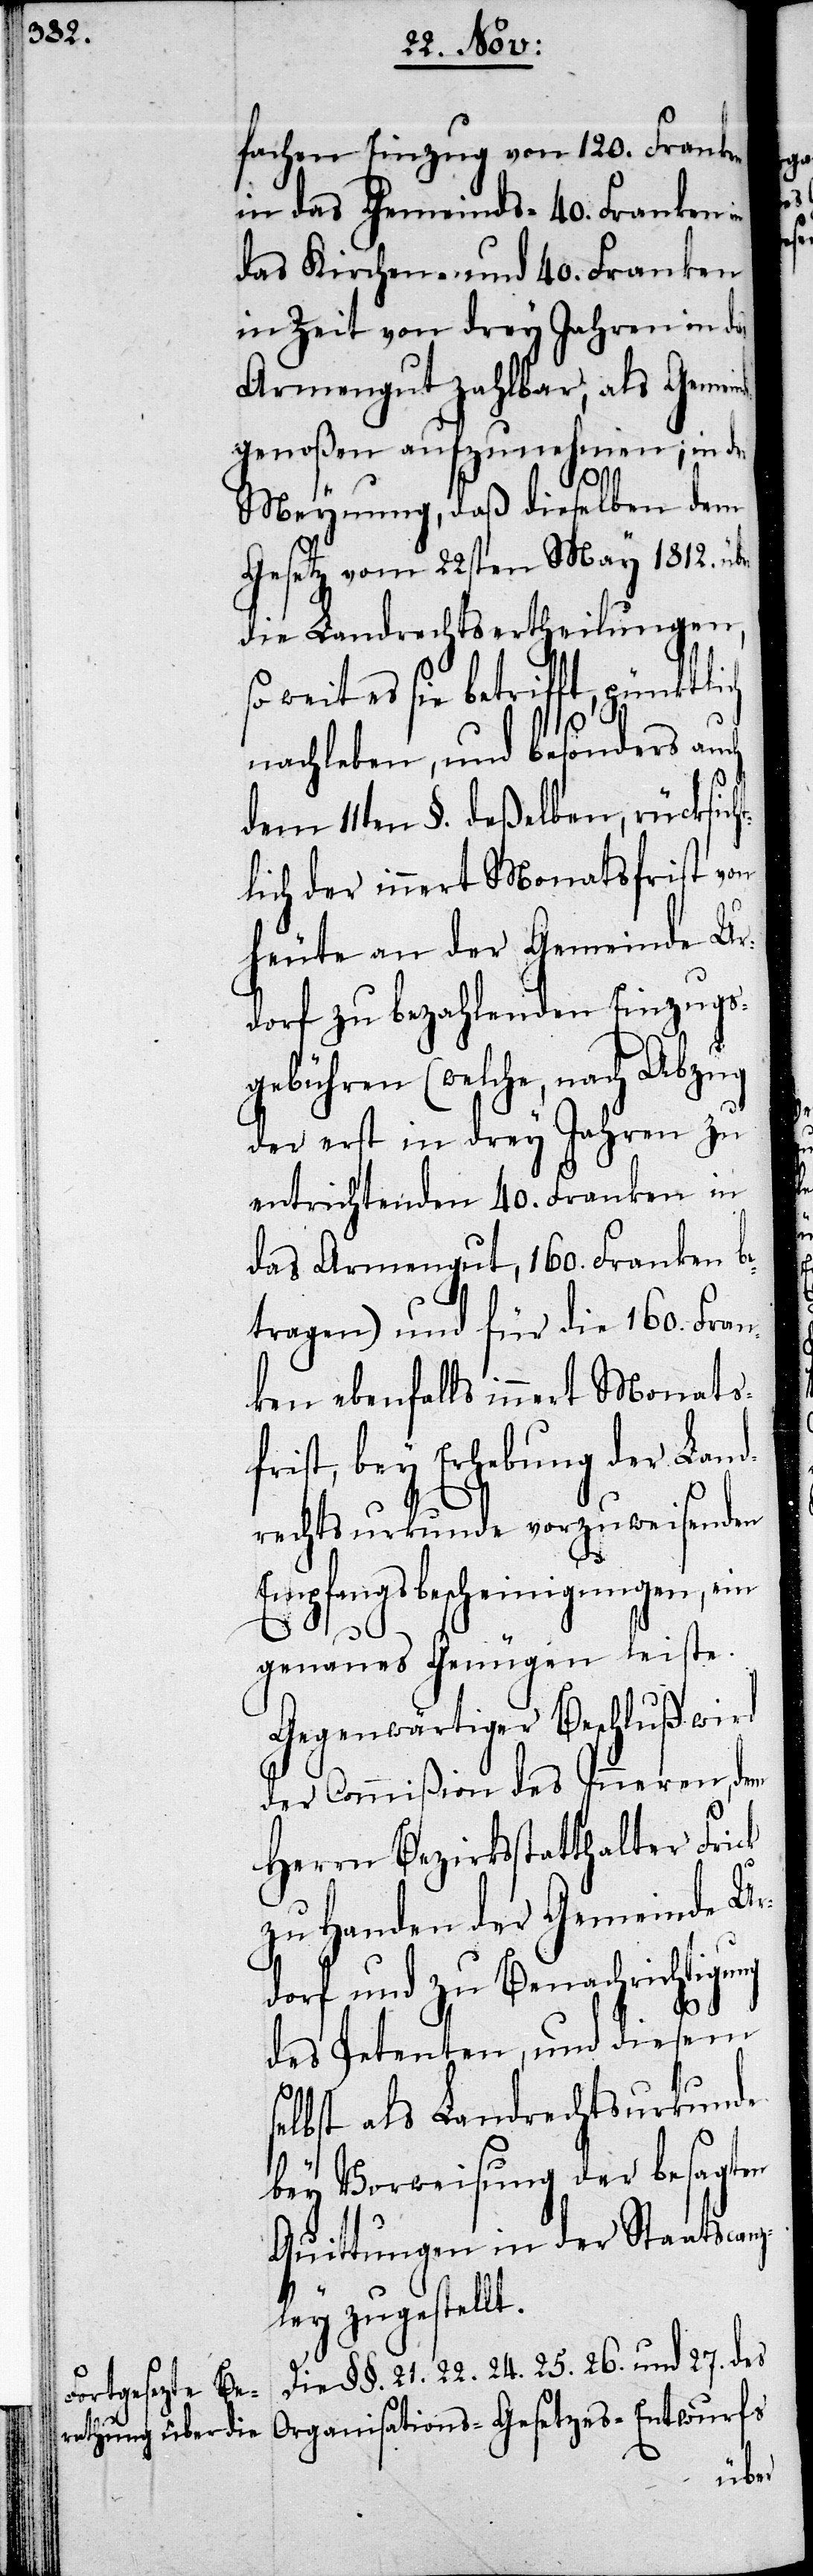
fachen Einzug von 120. Franken
in das Gemeinds- 40. Franken in
das Kirchen- und 40. Franken
in Zeit von drey Jahren in das
Armengut zahlbar, als Gemein¬
dsgenoßen aufzunehmen; in der
Meynung, daß dieselben dem
Gesetz vom 22sten May 1812.
die Landrechtsertheilungen,
so weit es sie betrifft, pünktlich
nachleben, und besonders auch
dem 11ten §. deßelben, rücksich¬
tlich der innert Monathsfrist von
heute an der Gemeinde Ur¬
dorf zu bezahlenden Einzugs¬
gebühren (welche, nach Abzug
der erst in drey Jahren zu
entrichtenden 40. Franken in
das Armengut, 160. Franken b¬
etragen) und für die 160. Fran¬
ken ebenfalls innert Monats¬
frist, bey Erhebung der Land¬
rechtsurkunde vorzuweisenden
Empfangsbescheinigungen, ein
genaues Genügen leiste.
Gegenwärtiger Beschluß wird
der Commißion des Inneren, dem
Herrn Bezirksstatthalter Frick
zu Handen der Gemeinde Ur¬
dorf und zu Benachrichtigung
des Petenten, und diesem
selbst als Landrechtsurkunde
bey Vorweisung der besagten
Quittungen in der Staatscanz¬
ley zugestellt.
Die §§. 21. 22. 24. 25. 26. und 27. des
Organisations-Gesetzes-Entwurfs
über